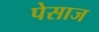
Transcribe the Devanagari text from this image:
पेसाज